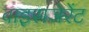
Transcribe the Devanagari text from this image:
वाइसजेरेंट